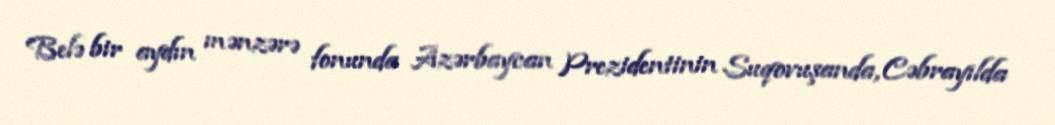
Belə bir aydın mənzərə fonunda Azərbaycan Prezidentinin Suqovuşanda, Cəbrayılda